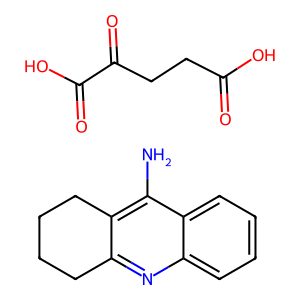
SMILES: Nc1c2c(nc3ccccc13)CCCC2.O=C(O)CCC(=O)C(=O)O
Inhibits HIV replication: No